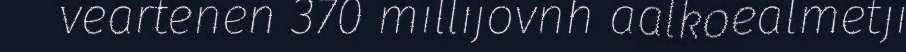
veartenen 370 millijovnh aalkoealmetji